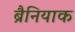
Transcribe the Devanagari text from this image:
ब्रैनियाक